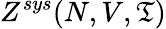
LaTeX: Z^{sys}(N,V,\mathfrak{T})